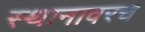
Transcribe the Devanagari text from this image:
स्थानावरच